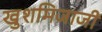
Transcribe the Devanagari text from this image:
खुशमिजाजी